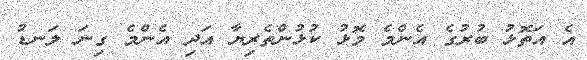
އެ އަތޮޅު ބުރުގެ އެންމެ މޮޅު ކުޅުންތެރިޔާ އަދި އެންމެ ގިނަ ލަނޑު